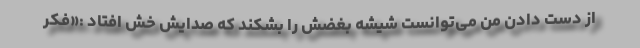
از دست دادن من می‌توانست شیشه بغضش را بشکند که صدایش خش افتاد :«فکر